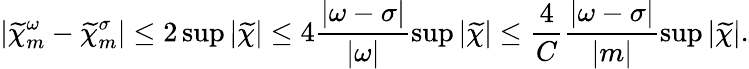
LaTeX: |\widetilde{\chi}_{m}^{\omega}-\widetilde{\chi}_{m}^{\sigma}|\leq 2\operatorname*{sup}|\widetilde{\chi}|\leq 4\frac{|\omega-\sigma|}{|\omega|}\operatorname*{sup}|\widetilde{\chi}|\leq\frac{4}{C}\frac{|\omega-\sigma|}{|m|}\operatorname*{sup}|\widetilde{\chi}|.